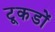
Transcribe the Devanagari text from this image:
टूकडों